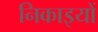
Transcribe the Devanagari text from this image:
निकाइयों